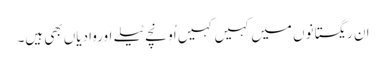
ان ریگستانوں میں کہیں کہیں اُونچے ٹیلے اوروادیاں بھی ہیں۔